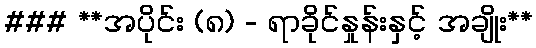
### **အပိုင်း (၈) - ရာခိုင်နှုန်းနှင့် အချိုး**